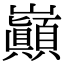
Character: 巔